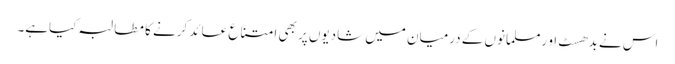
اس نے بدھسٹ او رمسلمانوں کے درمیان میں شادیوں پر بھی امتناع عائد کرنے کا مطالبہ کیاہے۔